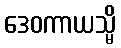
ဒေဝကာယသ္မိ